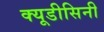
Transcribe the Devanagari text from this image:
क्यूडीसिनी